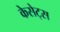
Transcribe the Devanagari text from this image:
केसेट्स